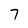
Character: 7